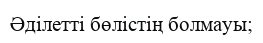
Әділетті бөлістің болмауы;